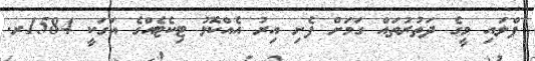
ފްލައި މީގެ ދަތުރުތައް ގަމަށް ފެށި އިރު އެއްކޮޅު ޓިކެޓެއްގެ އަގަކީ 1584ރ.